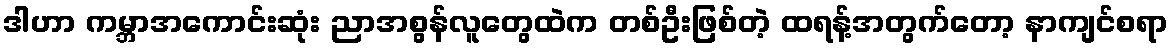
ဒါဟာ ကမ္ဘာအကောင်းဆုံး ညာအစွန်လူတွေထဲက တစ်ဦးဖြစ်တဲ့ ထရန့်အတွက်တော့ နာကျင်စရာ